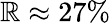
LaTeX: \mathbb{R}\approx27\%